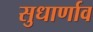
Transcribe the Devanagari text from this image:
सुधार्णाव